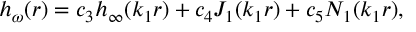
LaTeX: h _ { \omega } ( r ) = c _ { 3 } h _ { \infty } ( k _ { 1 } r ) + c _ { 4 } J _ { 1 } ( k _ { 1 } r ) + c _ { 5 } N _ { 1 } ( k _ { 1 } r ) ,